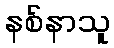
နစ်နာသူ